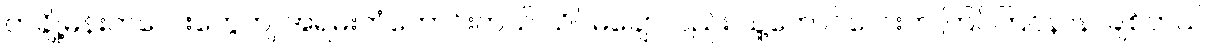
တချို့မိန်းကလေးတွေကျ အရမ်းကံကောင်းတယ် သိပ်မချောလည်း သူ့ကောင်လေးက ကြင်ကြင်နာနာချစ်တယ်